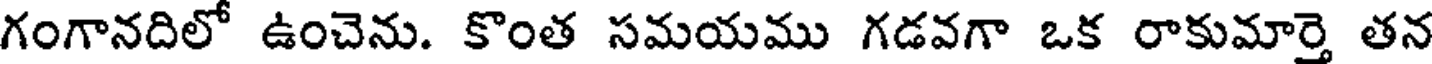
గంగానదిలో ఉంచెను. కొంత సమయము గడవగా ఒక రాకుమార్తె తన